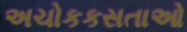
અચોકકસતાઓ